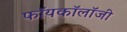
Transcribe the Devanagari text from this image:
फॉयकॉलॉजी